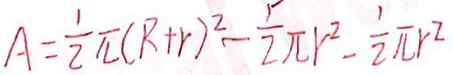
A = \frac { 1 } { 2 } \pi ( R + r ) ^ { 2 } - \frac { 5 } { 2 } \pi r ^ { 2 } - \frac { 1 } { 2 } \pi r ^ { 2 }